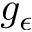
g _ { \epsilon }